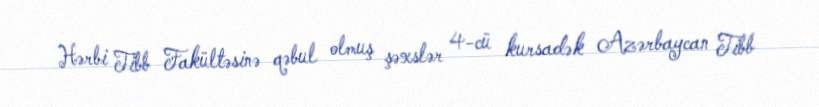
Hərbi Tibb Fakültəsinə qəbul olmuş şəxslər 4-cü kursadək Azərbaycan Tibb